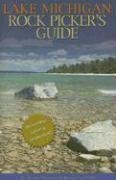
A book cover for Lake Michigan Rock Picker's Guide; Bruce Mueller; Sports & Outdoors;